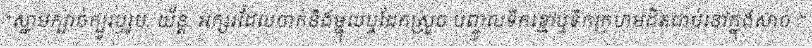
"ស្នាមក្បាច់ក្បូរឬរូប, យ័ន្ត, អក្សរដែលចាក់នឹងម្ជុលឬដែកស្រួច បញ្ចូលទឹកខ្មៅឬទឹកក្រហមដិតជាប់នៅក្នុងសាច់ :"